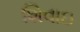
શિવાઇ